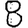
Digit: 8